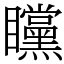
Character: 矘